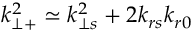
k _ { \perp + } ^ { 2 } \simeq k _ { \perp s } ^ { 2 } + 2 k _ { r s } k _ { r 0 }